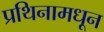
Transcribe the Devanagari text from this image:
प्रथिनामधून